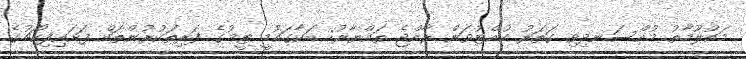
މައުލޫމާތު މުއްސަނދިވި ގަތަރު ހުއްޓުވަން ރާއްޖެ ތައްޔާރު: ބަކާގައުމީ ޓީމުގެ ފަރިތަކުރުންތައް ފަށައިފިކޯޗުގެ